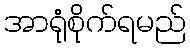
အာရုံစိုက်ရမည်